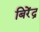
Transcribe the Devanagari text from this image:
बिरेंद्र